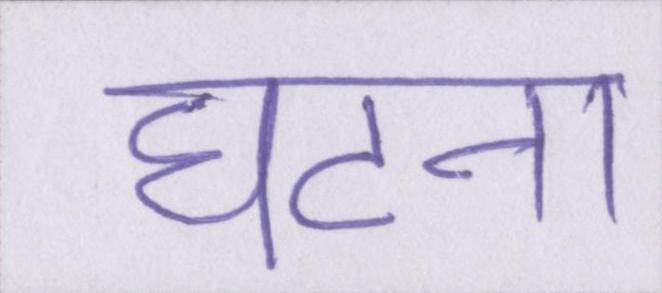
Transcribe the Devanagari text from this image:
घटना